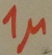
Text: 1µ